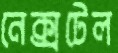
নেক্সটেল